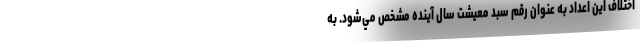
اختلاف اين اعداد به عنوان رقم سبد معيشت سال آينده مشخص مي‌شود. به